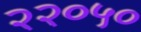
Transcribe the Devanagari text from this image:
२२०५०